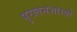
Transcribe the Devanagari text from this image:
पुरातनशास्त्रों